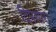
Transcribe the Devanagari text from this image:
टिपणारा